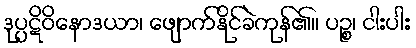
ဒုပ္ပဋိဝိနောဒယာ၊ ဖျောက်နိုင်ခဲကုန်၏။ ပဉ္စ၊ ငါးပါး